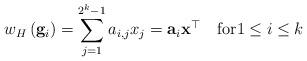
LaTeX: \begin{align*}w_H \left( \mathbf{g}_i \right) = \sum_{j=1}^{2^k-1} a_{i,j} x_j = \mathbf{a}_i \mathbf{x}^\top \quad\mbox{for}1\leq i\leq k\end{align*}